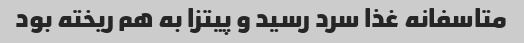
متاسفانه غذا سرد رسید و پیتزا به هم ریخته بود